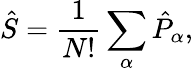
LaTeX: \hat{S}=\frac{1}{N!}\sum_{\alpha}\hat{P}_{\alpha},